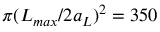
\pi ( L _ { m a x } / 2 a _ { L } ) ^ { 2 } = 3 5 0